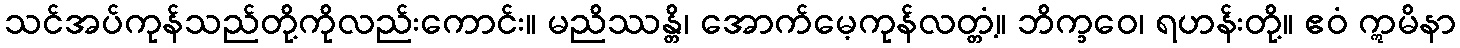
သင်အပ်ကုန်သည်တို့ကိုလည်းကောင်း။ မညိဿန္တိ၊ အောက်မေ့ကုန်လတ္တံ့။ ဘိက္ခဝေ၊ ရဟန်းတို့။ ဧဝံ ဣမိနာ